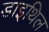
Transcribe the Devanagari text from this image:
डाइथिल